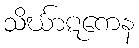
သိင်္ဃာဋကေန